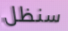
سنظل